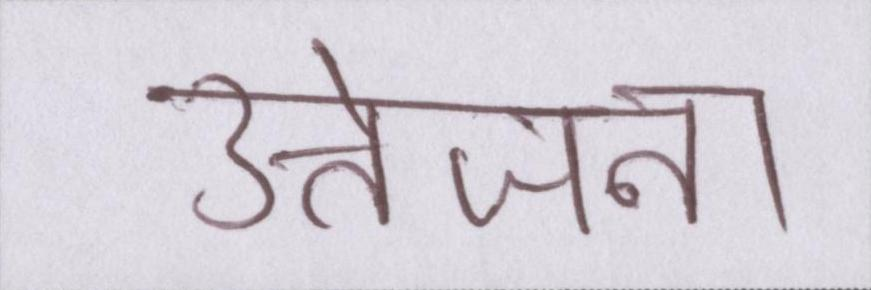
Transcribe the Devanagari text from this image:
उत्तेजना